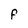
Character: F